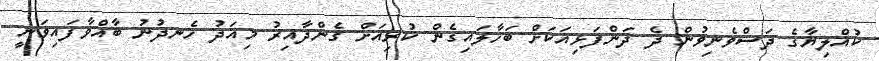
ކުއްލިޔާގެ ދަސްވެނިވުން ދެ ދަންފަޅިއަކަށް ބަހާލައިގެން ކުރިއަށް ގެންދާއިރު މިއަދު ހެނދުނު ބާއްވާފައިވަނީ